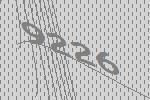
9226